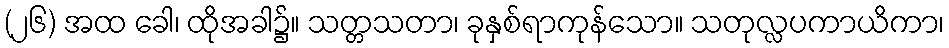
(၂၆) အထ ခေါ၊ ထိုအခါ၌။ သတ္တသတာ၊ ခုနှစ်ရာကုန်သော။ သတုလ္လပကာယိကာ၊